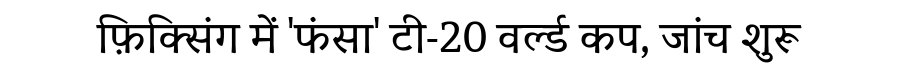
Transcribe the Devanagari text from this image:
फ़िक्सिंग में 'फंसा' टी-20 वर्ल्ड कप, जांच शुरू